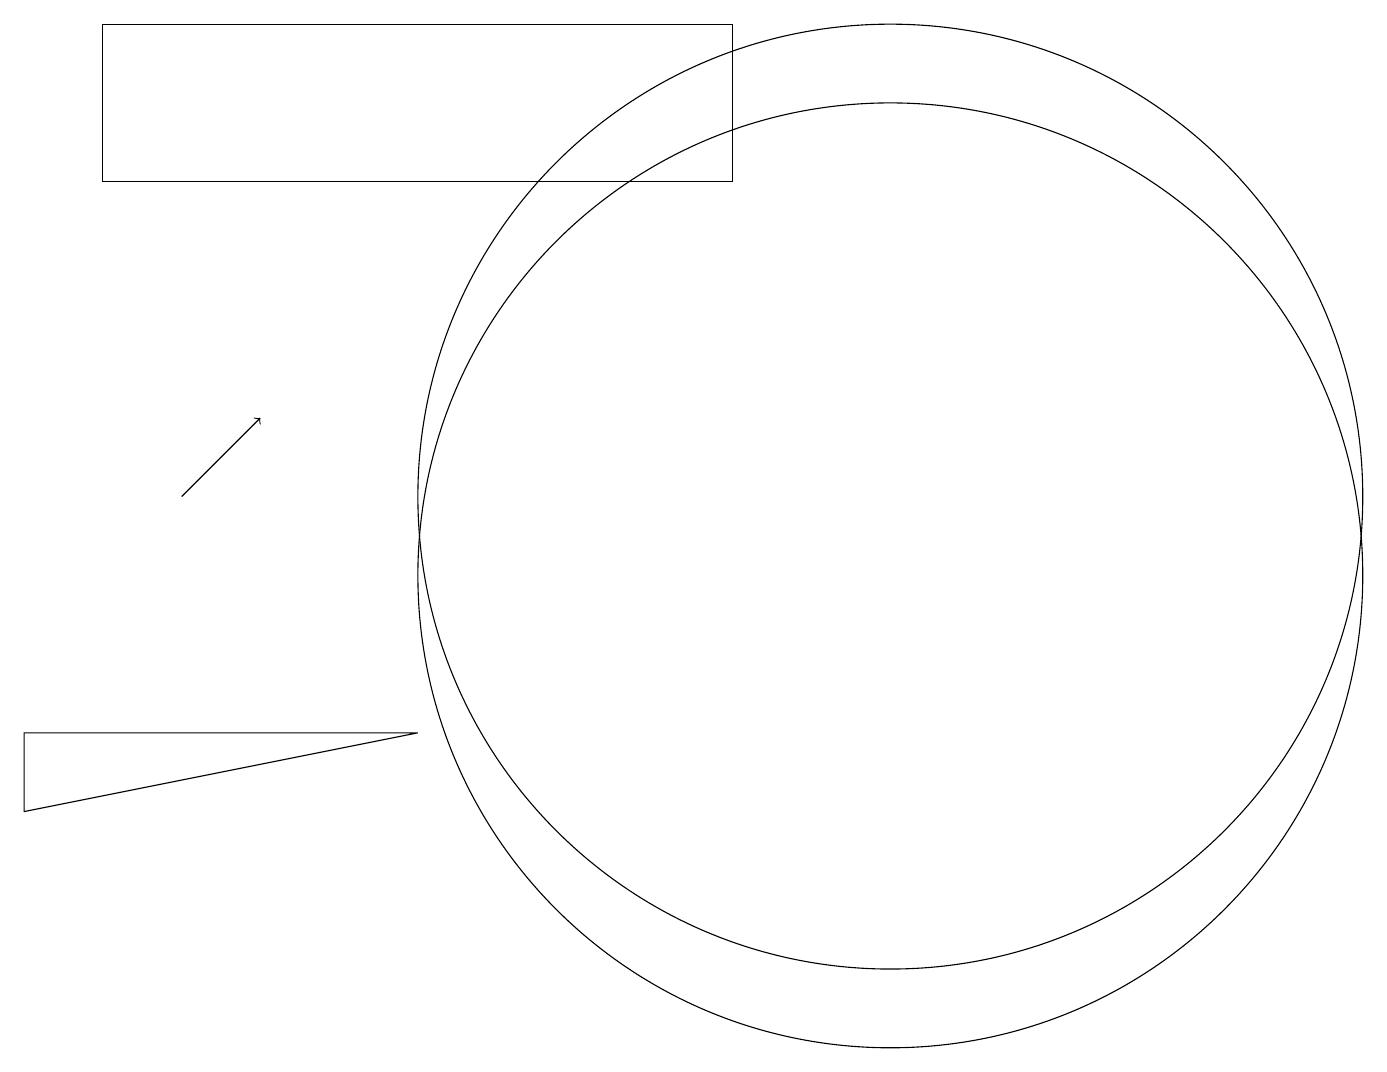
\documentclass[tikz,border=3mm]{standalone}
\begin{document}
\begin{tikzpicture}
\draw (11,11) circle (6);
\draw[->] (2,11) -- (3,12);
\draw (0,7) -- (5,8) -- (0,8) -- cycle;
\draw (11,10) circle (6);
\draw (1,15) rectangle (9,17);
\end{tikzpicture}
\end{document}